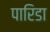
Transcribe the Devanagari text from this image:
पारिडा